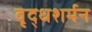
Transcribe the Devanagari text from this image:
वृद्धशर्मन